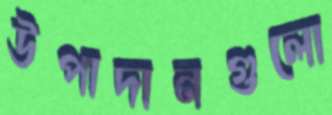
উপাদানগুলো